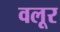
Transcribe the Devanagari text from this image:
वलूर